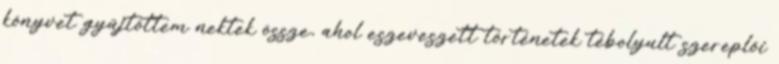
könyvet gyűjtöttem nektek össze, ahol eszeveszett történetek tébolyult szereplői